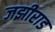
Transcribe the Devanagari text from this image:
जझीराड